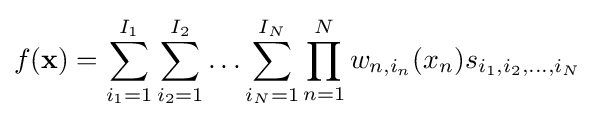
f(\mathbf {x} )=\sum _{i_{1}=1}^{I_{1}}\sum _{i_{2}=1}^{I_{2}}\ldots \sum _{i_{N}=1}^{I_{N}}\prod _{n=1}^{N}w_{n,i_{n}}(x_{n})s_{i_{1},i_{2},\ldots ,i_{N}}